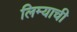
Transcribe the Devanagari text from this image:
लिम्याची